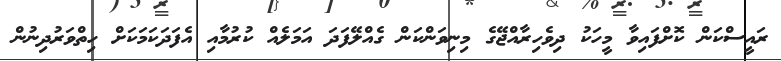
ރައީސްކަން ކޮށްފައިވާ މީހަކު ދިވެހިރާއްޖޭގެ މިނިވަންކަން ގެއްލޭފަދަ އަމަލެއް ކުރުމާއި އެފަދަކަމަކަށް ހިތްވަރުދިނުން